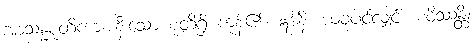
အာသန္နစုတိကာ၊ နီးသော စုတိရှိ ကုန်၏။ ဣဒါနိ၊ ယခုပင်လျှင်။ စဝိဿန္တိ၊